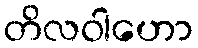
တိလဝါဟော